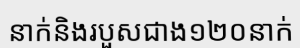
នាក់និងរបួសជាង១២០នាក់